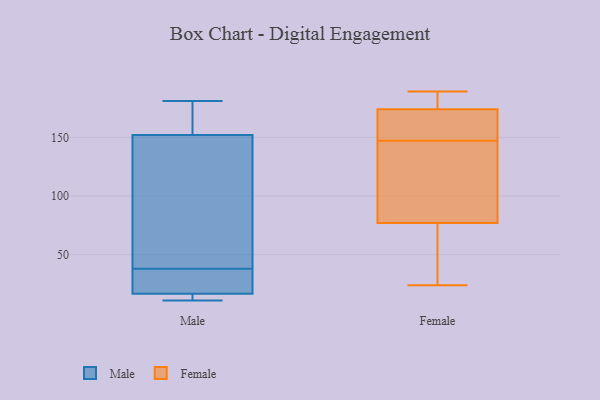
{"axis": {"x": "Tickets Resolved", "y": "Value"}, "legend": ["Female", "Male"], "data": [{"x": "", "y": 38, "type": "Male"}, {"x": "", "y": 36, "type": "Male"}, {"x": "", "y": 90, "type": "Male"}, {"x": "", "y": 11, "type": "Male"}, {"x": "", "y": 14, "type": "Male"}, {"x": "", "y": 131, "type": "Male"}, {"x": "", "y": 12, "type": "Male"}, {"x": "", "y": 181, "type": "Male"}, {"x": "", "y": 172, "type": "Male"}, {"x": "", "y": 159, "type": "Male"}, {"x": "", "y": 25, "type": "Male"}, {"x": "", "y": 117, "type": "Female"}, {"x": "", "y": 143, "type": "Female"}, {"x": "", "y": 173, "type": "Female"}, {"x": "", "y": 77, "type": "Female"}, {"x": "", "y": 135, "type": "Female"}, {"x": "", "y": 162, "type": "Female"}, {"x": "", "y": 151, "type": "Female"}, {"x": "", "y": 177, "type": "Female"}, {"x": "", "y": 33, "type": "Female"}, {"x": "", "y": 70, "type": "Female"}, {"x": "", "y": 174, "type": "Female"}, {"x": "", "y": 182, "type": "Female"}, {"x": "", "y": 189, "type": "Female"}, {"x": "", "y": 24, "type": "Female"}]}